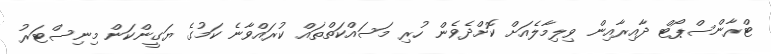
ޓްރާންސްޕޯޓް ދާއިރާއިން ވިލިމާލެއަށް ކޮށްދެވެން ހުރި މަސައްކަތްތައް ކުރައްވާނެ ކަމުގެ ޔަގީންކަން މިނިސްޓަރު